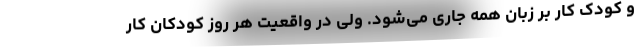
و کودک کار بر زبان همه جاری می‌شود. ولی در واقعیت هر روز کودکان کار